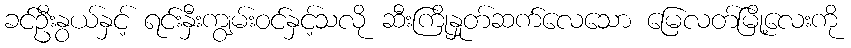
ခင်ဦးနွယ်နှင့် ရင်းနှီးကျွမ်းဝင်နှင့်သလို ဆီးကြိုနှုတ်ဆက်လေသော မြေလတ်မြို့လေးကို